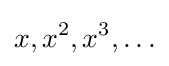
x,x^{2},x^{3},\ldots